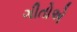
ગીતોએ